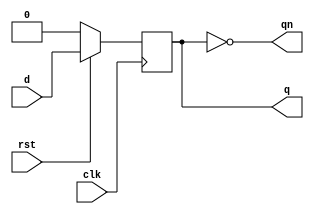
module dff(input d,clk,rst,output q,qn);
reg q;
always@(posedge clk)
 begin 
 if(rst==1'b0)
 q=1'b0;
 else
 q=d;
 end
 assign qn=~q;
endmodule